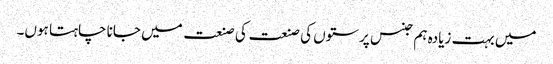
میں بہت زیادہ ہم جنس پرستوں کی صنعت کی صنعت میں جانا چاہتا ہوں۔